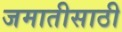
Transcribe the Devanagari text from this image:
जमातीसाठी